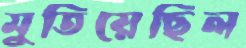
মুতিয়েছিল